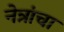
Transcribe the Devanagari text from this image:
नेत्रांचा